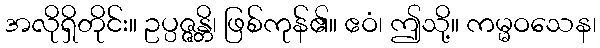
အလိုရှိတိုင်း။ ဥပ္ပဇ္ဇန္တိ၊ ဖြစ်ကုန်၏။ ဧဝံ၊ ဤသို့။ ကမ္မဝသေန၊